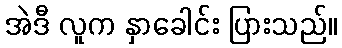
အဲဒီ လူက နှာခေါင်း ပြားသည်။